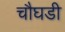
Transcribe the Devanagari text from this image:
चौघडी